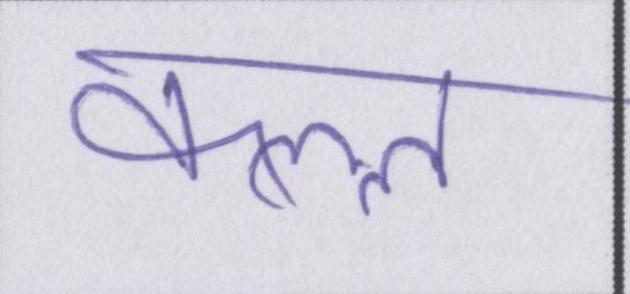
कत्ल